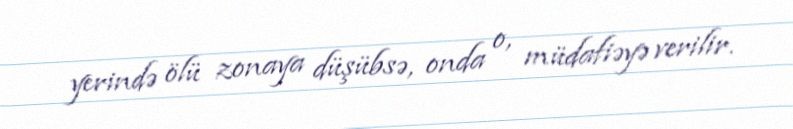
yerində ölü zonaya düşübsə, onda o, müdafiəyə verilir.